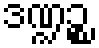
ဒဏ္ဍဉ္စ